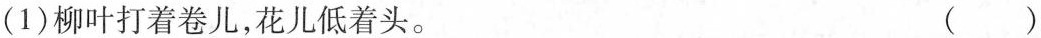
(1)柳叶打着卷儿，花儿低着头。（）